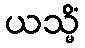
ယသ္မိံ